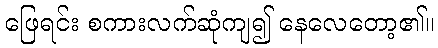
ဖြေရင်း စကားလက်ဆုံကျ၍ နေလေတော့၏။